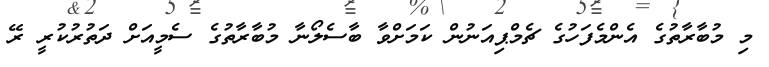
މި މުބާރާތުގެ އެންމެފަހުގެ ޗެމްޕިއަނުން ކަމަށްވާ ބާސެލޯނާ މުބާރާތުގެ ސެމީއަށް ދަތުރުކުރީ ރޭ